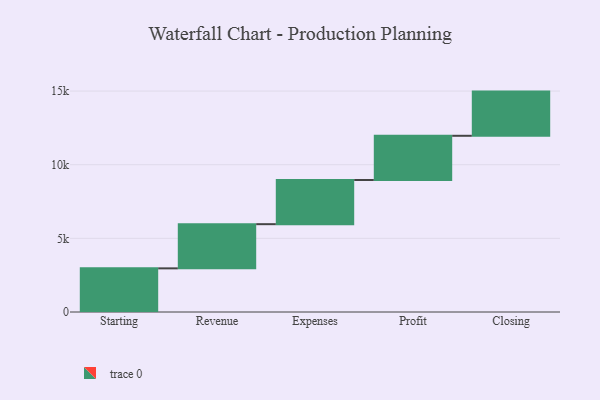
{"axis": {"x": "Step", "y": "Value"}, "legend": [""], "data": [{"x": "Starting", "y": 2963.0, "type": ""}, {"x": "Revenue", "y": 3000, "type": ""}, {"x": "Expenses", "y": 3000, "type": ""}, {"x": "Profit", "y": 3000, "type": ""}, {"x": "Closing", "y": 3000, "type": ""}]}